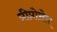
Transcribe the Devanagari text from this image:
प्रीप्रोसेस